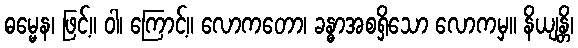
ဓမ္မေန၊ ဖြင့်။ ဝါ၊ ကြောင့်။ လောကတော၊ ခန္ဓာအစရှိသော လောကမှ။ နိယျန္တိ၊